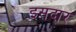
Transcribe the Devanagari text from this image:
इसदार